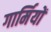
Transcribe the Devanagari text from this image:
गार्मियों